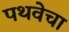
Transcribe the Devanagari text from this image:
पथवेचा